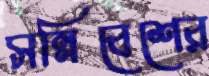
সন্নিবেশের